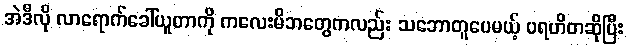
အဲဒီလို လာရောက်ခေါ်ယူတာကို ကလေးမိဘတွေကလည်း သဘောတူပေမယ့် ပရဟိတဆိုပြီး